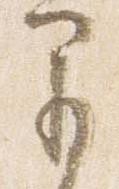
早